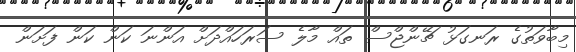
މިބާވަތުގެ ރަނގަޅު ޗޭންޖްސް ތައް މާލެ ސަރަހައްދަށް އަންނަ ކަން ކަން ފަށަން